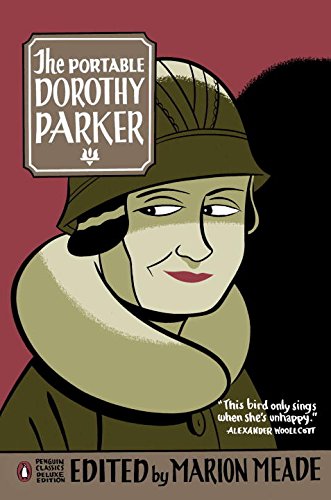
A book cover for The Portable Dorothy Parker (Penguin Classics Deluxe Edition); Dorothy Parker; Literature & Fiction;